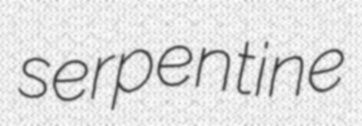
serpentine